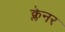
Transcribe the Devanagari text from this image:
क्लेनर